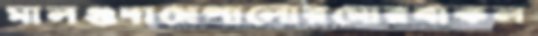
মালগুদামেপালোরমোরবাকল